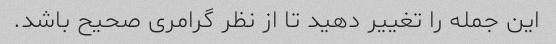
این جمله را تغییر دهید تا از نظر گرامری صحیح باشد.